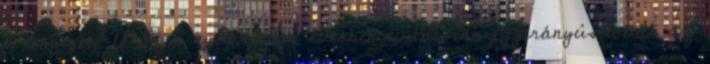
a tenyerét. Már a nyolcvanas években tudatosan egyirányúsították az